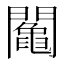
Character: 𨷍